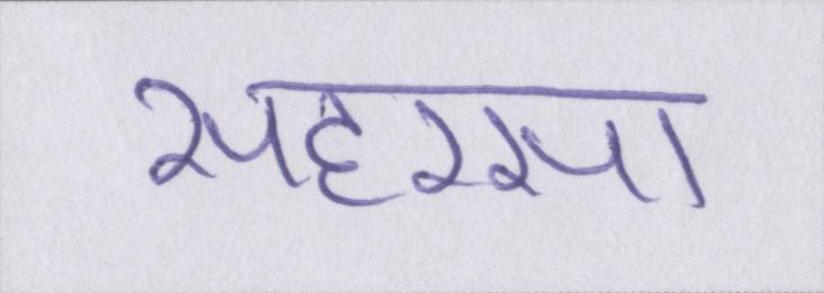
सहरसा